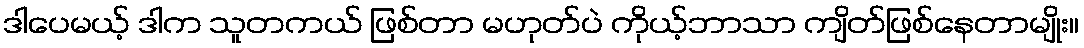
ဒါပေမယ့် ဒါက သူတကယ် ဖြစ်တာ မဟုတ်ပဲ ကိုယ့်ဘာသာ ကျိတ်ဖြစ်နေတာမျိုး။